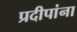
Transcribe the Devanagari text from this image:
प्रदीपांना